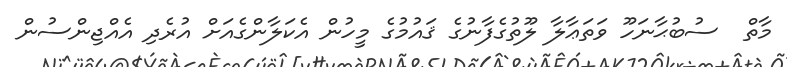
މާތް  ސުބުޙާނަހޫ ވަތަޢާލާ ލޫތުގެފާނުގެ ޤައުމުގެ މީހުން އެކަލާންގެއަށް އުރެދި އެއްޖިންސުން